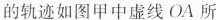
的轨迹如图甲中虚线OA所